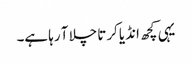
یہی کچھ انڈیا کرتا چلا آ رہا ہے۔